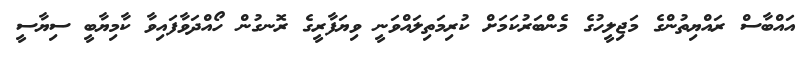
އައްބާސް ރައްޔިތުންގެ މަޖިލީހުގެ މެންބަރުކަމަށް ކުރިމަތިލައްވަނީ ވިޔަފާރީގެ ރޮނގުން ހޯއްދަވާފައިވާ ކާމިޔާބީ ސިޔާސީ